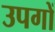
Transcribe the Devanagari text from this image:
उपगों